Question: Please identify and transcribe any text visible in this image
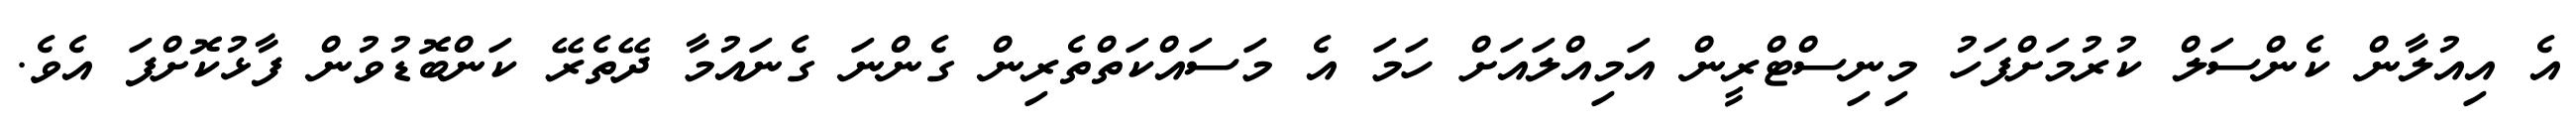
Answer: އެ އިއުލާން ކެންސަލް ކުރުމަށްފަހު މިނިސްޓްރީން އަމިއްލައަށް ހަމަ އެ މަސައްކަތްތެރިން ގެންނަ ގެނައުމާ ދޭތެރޭ ކަންބޮޑުވުން ފާޅުކޮށްފަ އެވެ.